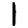
Digit: 1